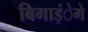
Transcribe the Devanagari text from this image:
बिगाड़ंेगे